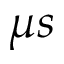
\mu s